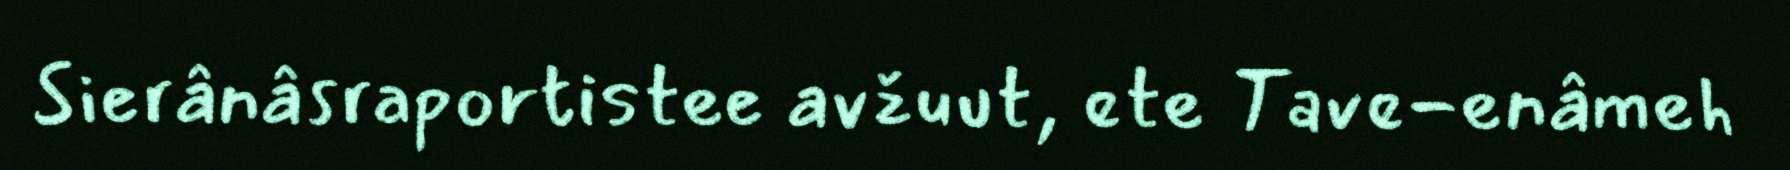
Sierânâsraportistee avžuut, ete Tave-enâmeh